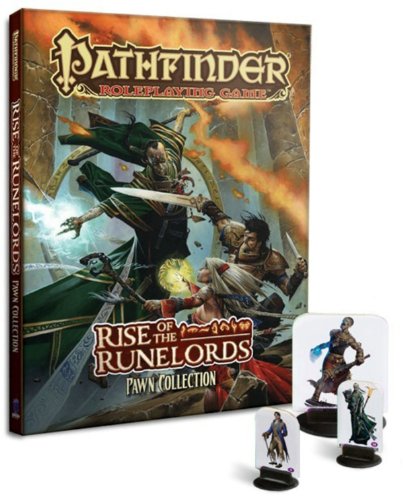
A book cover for Pathfinder Roleplaying Game: Rise of the Runelords Adventure Path Pawn Collection; James Jacobs; Science Fiction & Fantasy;